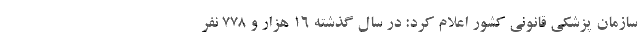
سازمان پزشکی قانونی کشور اعلام کرد: در سال گذشته ۱۶ هزار و ۷۷۸ نفر